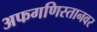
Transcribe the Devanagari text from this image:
अफगणिस्तानवर